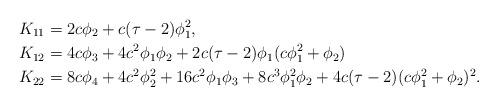
LaTeX: \begin{align*} K_{11} &= 2c\phi_2+c(\tau-2)\phi_1^2,\\ K_{12} & = 4c\phi_3 + 4 c^2\phi_1\phi_2 +2c(\tau-2)\phi_1(c\phi_1^2+\phi_2)\\ K_{22} &= 8c\phi_4 +4c^2\phi_2^2 + 16 c^2\phi_1\phi_3 +8 c^3\phi_1^2\phi_2+4c(\tau-2)(c\phi_1^2+\phi_2)^2.\end{align*}